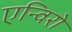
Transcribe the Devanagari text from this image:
एन्विरो